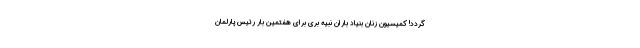
گردد! کمیسیون زنان بنیاد باران نبیه بری برای هفتمین بار رئیس پارلمان